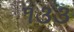
૧૩૩